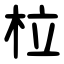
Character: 柆